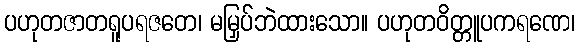
ပဟုတဇာတရူပရဇတေ၊ မမြှပ်ဘဲထားသော။ ပဟုတဝိတ္တူပကရဏေ၊